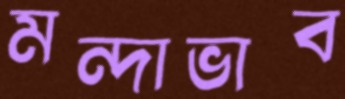
মন্দাভাব